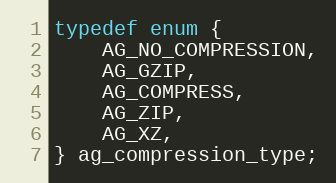
Language: C
typedef enum {
    AG_NO_COMPRESSION,
    AG_GZIP,
    AG_COMPRESS,
    AG_ZIP,
    AG_XZ,
} ag_compression_type;